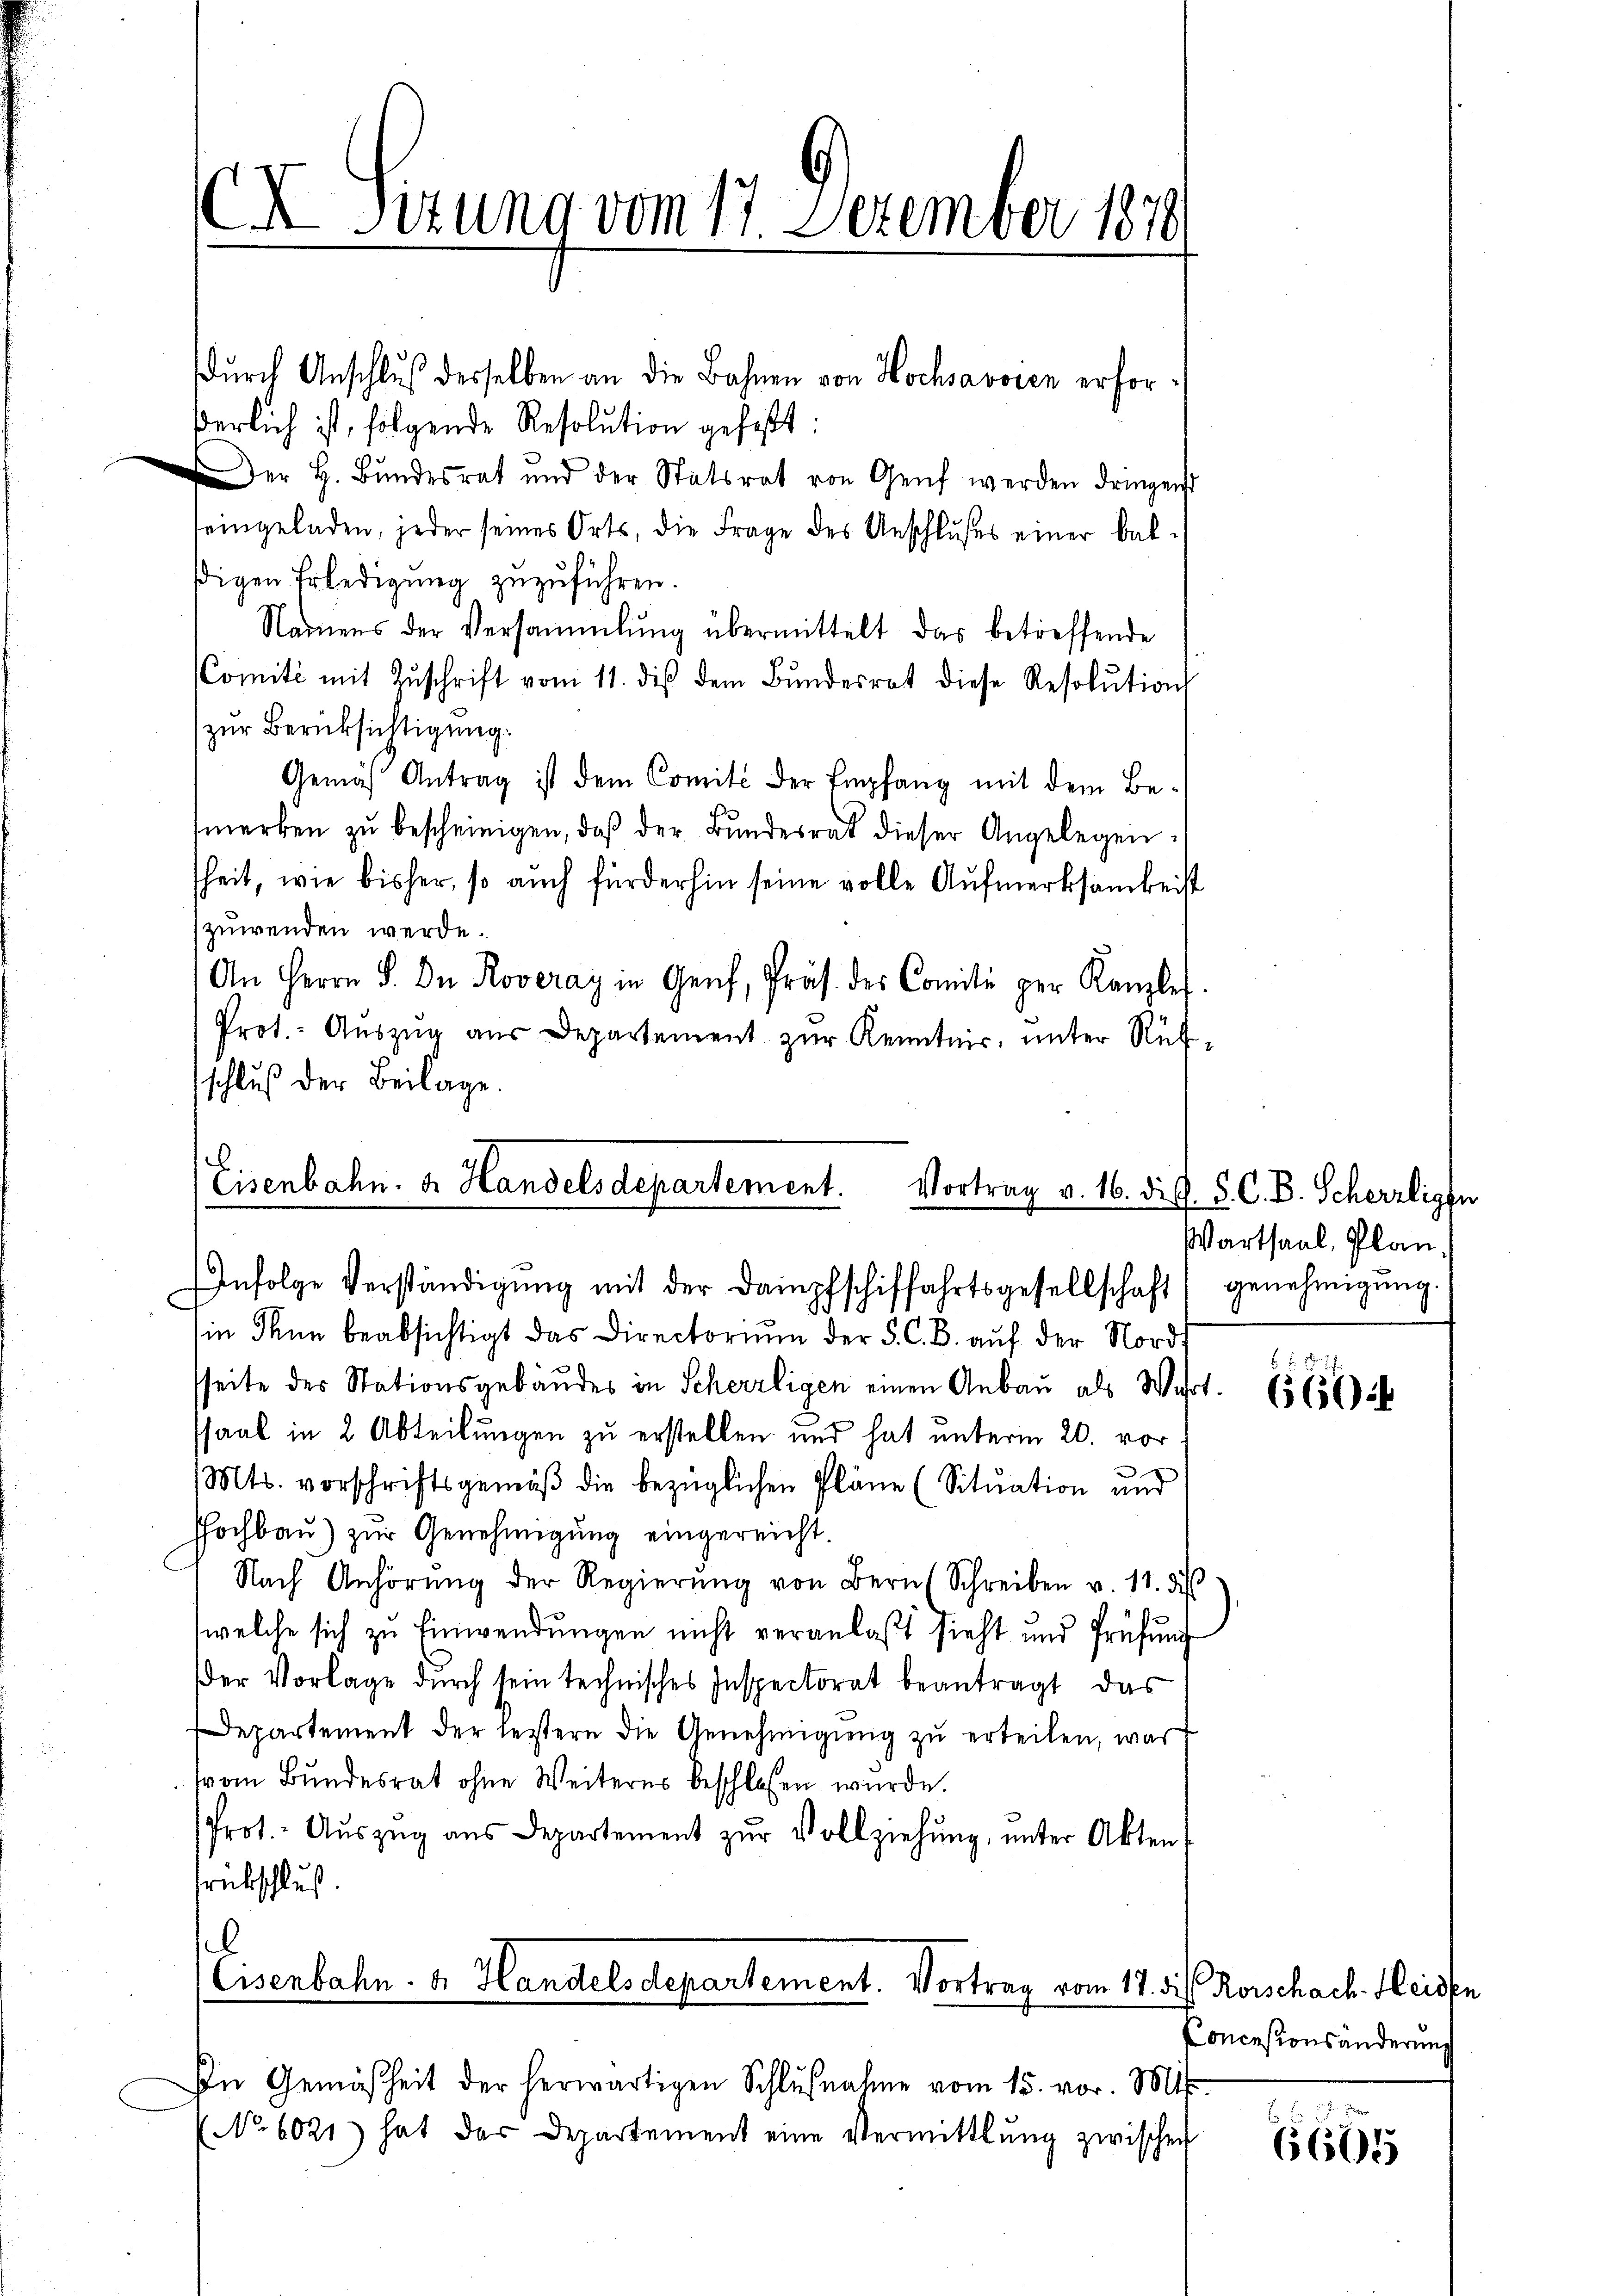
X Sizung vom 17. Dezember 1870

.
Eisenbahn. Dr. Handels Departement.
Infolge Verständigŭng mit der Dampfschiffahrtsgesellschaft, genehmigŭng.

in dann beabsichtigt das Directoriŭm der S. C. B. aŭf der Nordsseite des Stationsgebäudes in Scherzligen einen Anbau als Wahrt.
ssaal in 2 Abteilungen zu erstellen und hat unterm 20. vor
.
Mts. vorschriftsgemäß die bezüglichen Pläne (Situation und
Hochbau) zur Genehmigung eingereicht.
Nach Anhörŭng der Regierŭng von Bern (Schreiben v. 11. di
welche sich zu Einwendŭngen nicht veranlaβt sieht und Prüfŭng
der Vorlage durch sein technisches Inspectorat beantragt, das
Departement der leistern die Genehmigung zu erteilen, was
vom Bundesrat ohne Weiteres beschlossen wurde.
Prot. Aŭszŭg aŭs Departement zŭr Vollziehŭng ŭnter Akten
rückschluß
.
Eisenbahn. Dr. Handels departement. Vortrag vom 17. die Rorschach. Heiden
In Gemäßheit der herwärtigen Schlŭβnahme vom 15. vor. Mts.
No 6021) hat das Departement eine Vermittlung zwischen

dŭrch Anschlŭβ derselben an die Bahnen von Hochsavoren erforßerlich ist, folgende Resolution gefaßt:
Der H. Bŭndesrat und der Statsrat von Genf werden dringend
eingeladen, jeder seines Orts, die Frage des Anschlußes einer baldigen Erledigung zuzuführen.
Namens der Versammlung übermittelt das betreffende
Comité mit Zŭschrift vom 11. dis dem Bŭndesrat diese Resolution
zur Berücksichtigung.
Gemäβ Antrag ist dem Comité der Empfang mit dem Be-
merken zŭ bescheinigen, daβ der Bŭndesrat dieser Angelegen
sheit, wie bisher, so auch fürderhin seine volle Aufmerksamkeist
zuwenden werde.
An Herrn P. Dn Roveray in Genf, Präs. des Comiti per Kanzlei.
Prot.- Aŭszŭg aŭs Departement zŭr Kenntnis, unter Ruf-
schluß der Beilage.

Vortrag v. 16. di G. 5. C. B. Scherzligen
Wartsaal, Plan.

660

Concesionsänderungs

6665